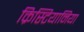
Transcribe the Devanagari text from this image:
क्रिस्टियानिया